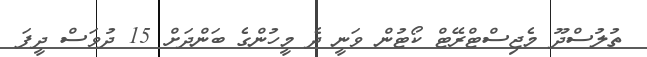
ތުލުސްދޫ މެޖިސްޓްރޭޓް ކޯޓުން ވަނީ ދެ މީހުންގެ ބަންދަށް 15 ދުވަސް ދީފަ